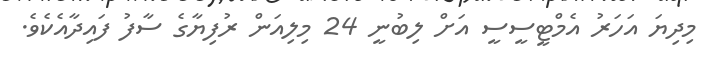
މިދިޔަ އަހަރު އެމްޓީސީސީ އަށް ލިބުނީ 24 މިލިއަން ރުފިޔާގެ ސާފު ފައިދާއެކެވެ.